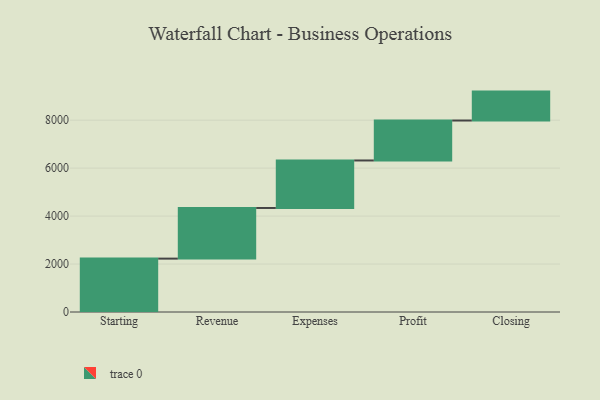
{"axis": {"x": "Step", "y": "Value"}, "legend": [""], "data": [{"x": "Starting", "y": 2226.0, "type": ""}, {"x": "Revenue", "y": 2112.0, "type": ""}, {"x": "Expenses", "y": 1981.0, "type": ""}, {"x": "Profit", "y": 1666.0, "type": ""}, {"x": "Closing", "y": 1206.0, "type": ""}]}